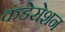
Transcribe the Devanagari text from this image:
कंडेसेशन